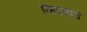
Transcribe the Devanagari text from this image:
व्हिएन्नाचे